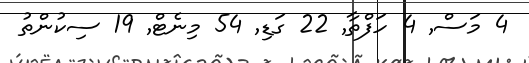
4 މަސް